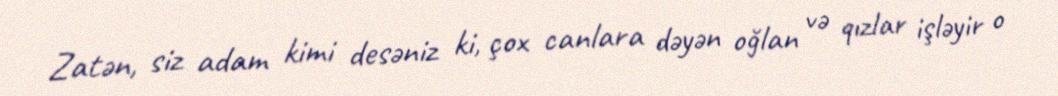
Zatən, siz adam kimi desəniz ki, çox canlara dəyən oğlan və qızlar işləyir o